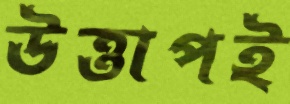
উত্তাপই